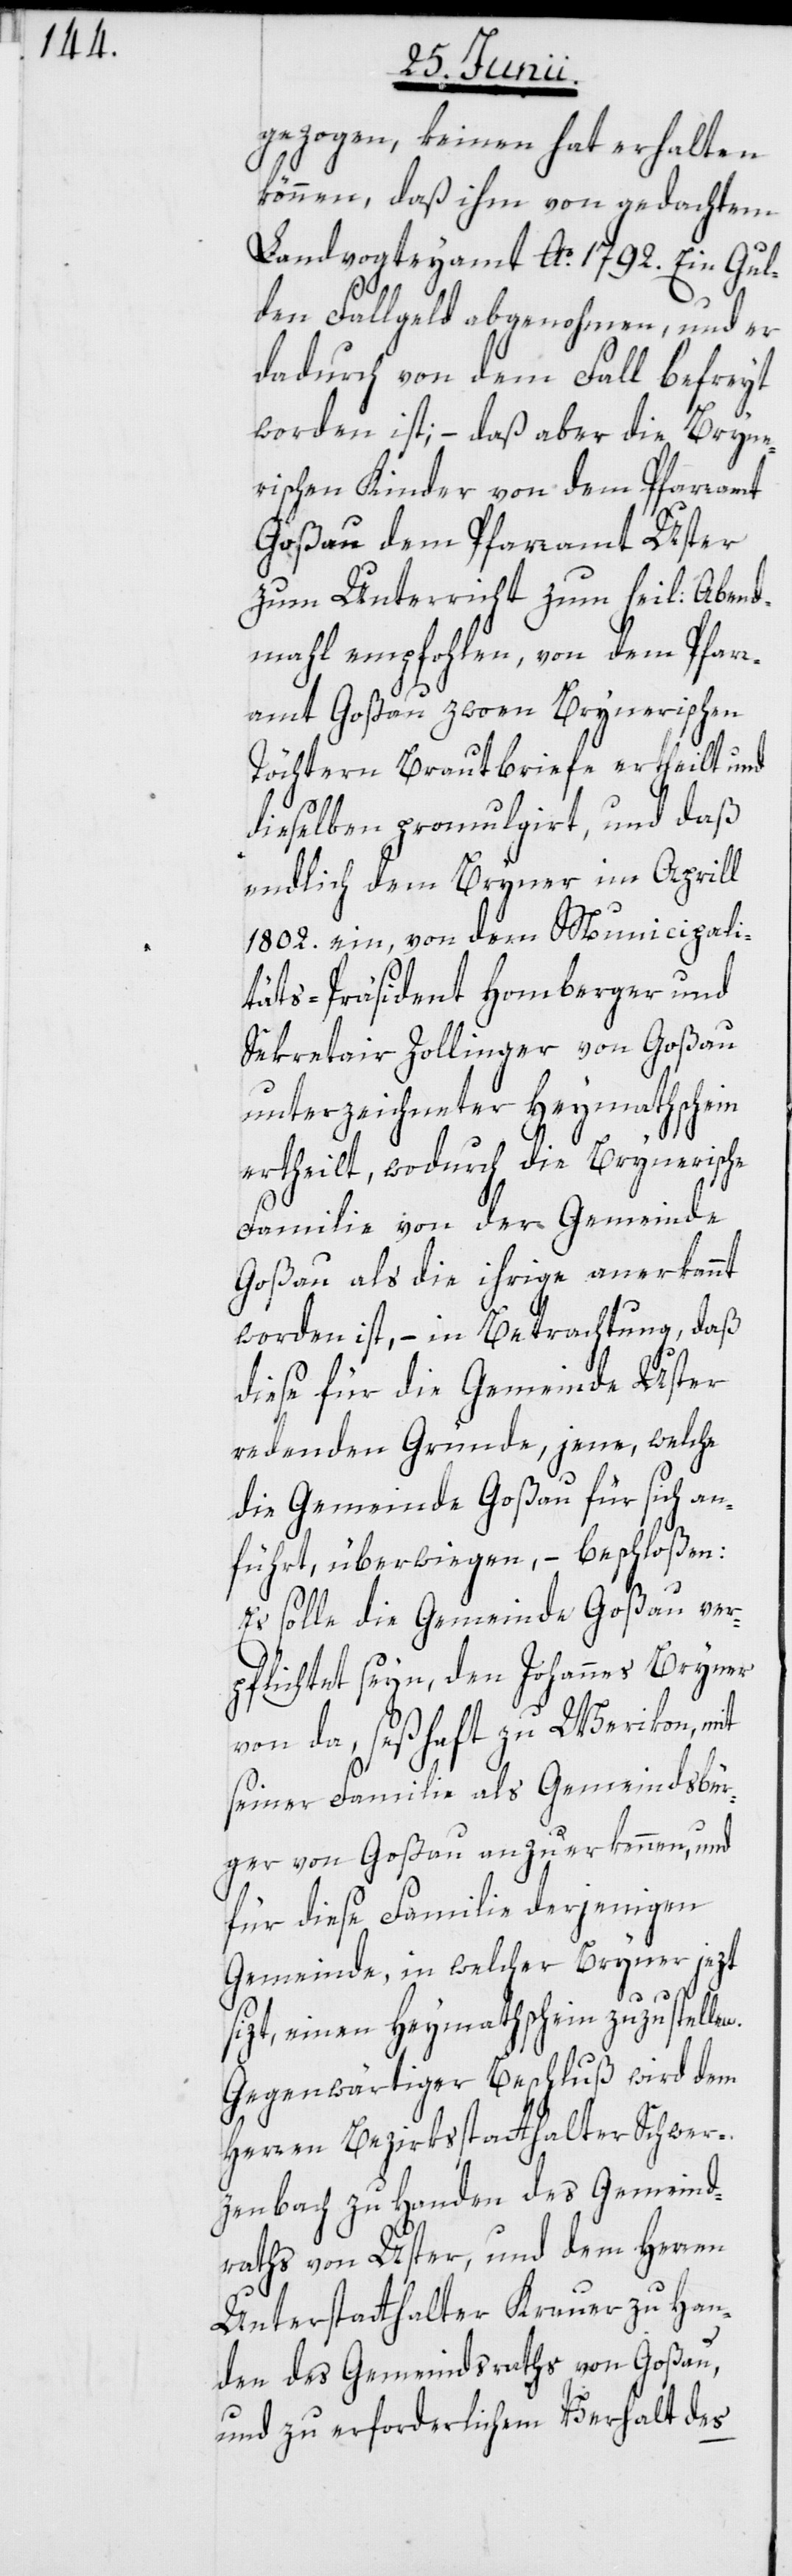
gezogen, keinen hat erhalten
können, daß ihm von gedachtem
Landvogteyamt Ao. 1792. Ein Gul¬
den Fallgeld abgenohmen, und er
dadurch von dem Fall befreyt
worden ist; – daß aber die Bryne¬
rischen Kinder von dem Pfarramt
Goßau dem Pfarramt Uster
zum Unterricht zum heil: Abend¬
mahl empfohlen, von dem Pfarr¬
amt Goßau zween Brynerischen
Töchtern Brautbriefe ertheilt und
dieselben promulgirt, und daß
endlich dem Bryner im Aprill
1802. ein, von dem Municipali¬
täts-Präsident Homberger und
Sekretair Zollinger von Goßau
unterzeichneter Heymathschein
ertheilt, wodurch die Brynerische
Familie von der Gemeinde
Goßau als die ihrige anerkannt
worden ist, – in Betrachtung, daß
diese für die Gemeinde Uster
redenden Gründe, jene, welche
die Gemeinde Goßau für sich an¬
führt, überwiegen, – beschloßen:
Es solle die Gemeinde Goßau ver¬
pflichtet seyn, den Johannes Bryner
von da, seßhaft zu Werikon, mit
seiner Familie als Gemeindsbür¬
ger von Goßau anzuerkennen, und
für diese Familie derjenigen
Gemeinde, in welcher Bryner jezt
sizt, einen Heymathschein zuzustellen.
Gegenwärtiger Beschluß wird dem
Herren Bezirksstatthalter Schwer¬
zenbach zu Handen des Gemeind¬
raths von Uster, und dem Herren
Unterstatthalter Krauer zu Han¬
den des Gemeindraths von Goßau,
und zu erforderlichem Verhalt des